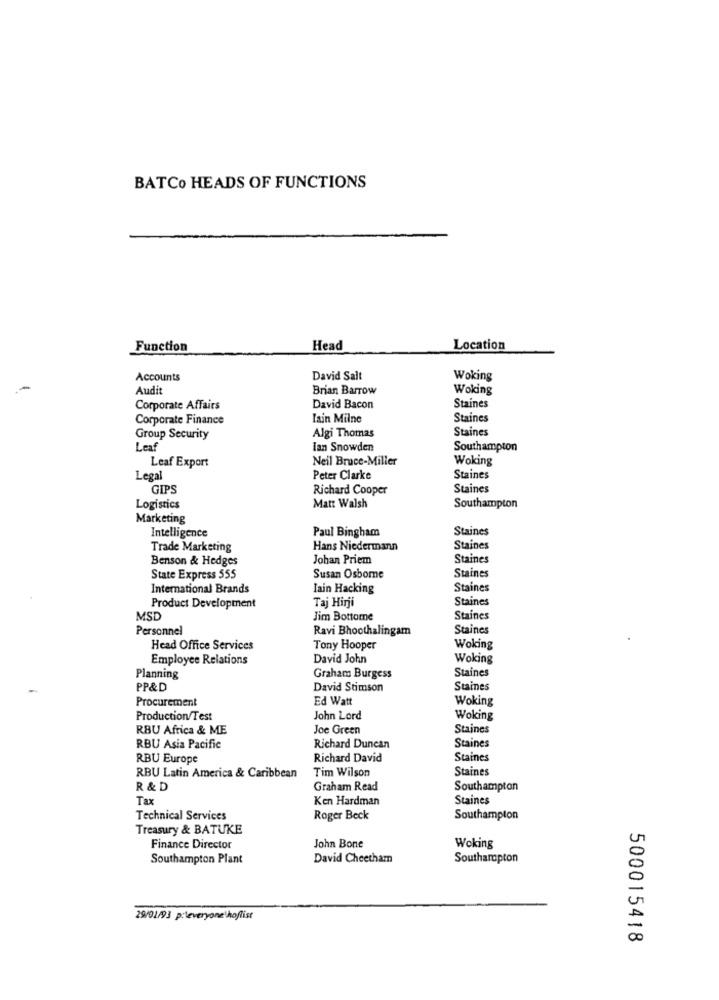
BATCo HEADS OF FUNCTIONS
Function
Head
Location
Accounts
David Salt
Woking
Audit
Brian Barrow
Woking
Corporate Affairs
David Bacon
Staines
Corporate Finance
Iain Milne
Staines
Staines
Group Security
Algi Thomas
Leaf
Ian Snowden
Southampton
Leaf Export
Neil Bruce-Miller
Woking
Legal
Peter Clarke
Staines
GIPS
Richard Cooper
Staines
Logistics
Matt Walsh
Southampton
Marketing
Intelligence
Paul Bingham
Staines
Trade Marketing
Hans Niedermann
Staines
Benson & Hedges
Johan Priem
Staines
Staines
State Express 555
Susan Osborne
International Brands
Iain Hacking
Staines
Taj Hirji
Staines
Product Development
MSD
Jim Bottomne
Staines
Personnel
Ravi Bhoothalingam
Staines
Head Office Services
Tony Hooper
Woking
Employee Relations
David John
Woking
Staines
Planning
Graham Burgess
PP&D
David Stimson
Staines
Procurement
Ed Watt
Woking
Production/Test
John Lord
Woking
RBU Africa & ME
Joe Green
Staines
RBU Asia Pacific
Richard Duncan
Staines
RBU Europe
Richard David
Staines
Tim Wilson
Staines
RBU Latin America & Caribbean
R & D
Graham Read
Southampton
Tax
Ken Hardman
Staines
Technical Services
Roger Beck
Southampton
Treasury & BATUKE
Finance Director
John Bone
Woking
Southampton Plant
David Cheetham
Southampton
29/01/93 p:leveryone hoflist
500015418